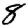
Digit: 8